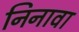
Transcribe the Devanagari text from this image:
निनावा